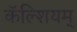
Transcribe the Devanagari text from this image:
कॅल्शियम्